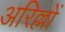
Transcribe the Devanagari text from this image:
अरिल्लों